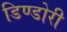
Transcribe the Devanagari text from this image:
डिण्डोरी